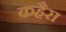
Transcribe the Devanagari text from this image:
कहैरा